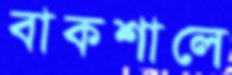
বাকশালে